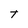
Character: T